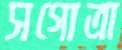
সগোত্রা